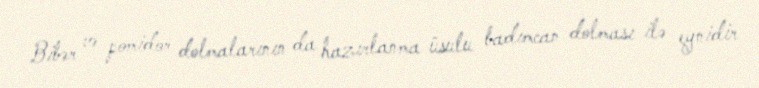
Bibər və pomidor dolmalarının da hazırlanma üsulu badımcan dolması ilə eynidir